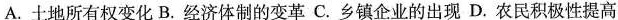
A.土地所有权变化B.经济体制的变革C.乡镇企业的出现D.农民积极性提高